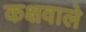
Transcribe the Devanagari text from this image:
कक्षवाले